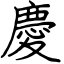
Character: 慶